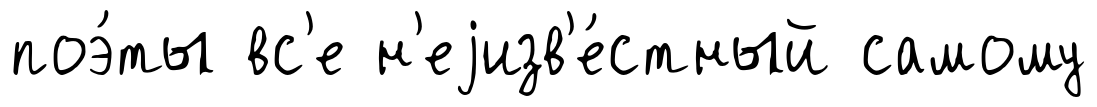
поэ́ты вс'е н'еjизв'е́стный самому